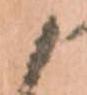
候